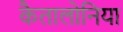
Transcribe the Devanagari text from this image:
कैतालोनिया